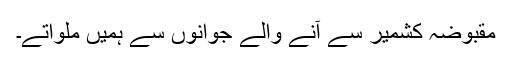
مقبوضہ کشمیر سے آنے والے جوانوں سے ہمیں ملواتے۔